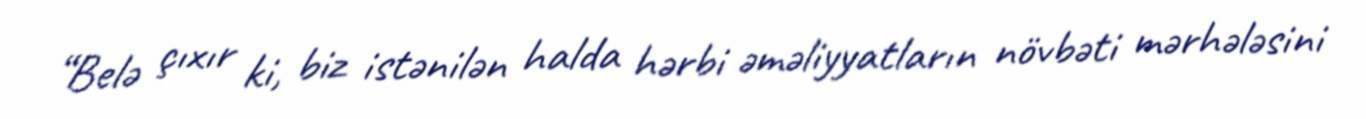
“Belə çıxır ki, biz istənilən halda hərbi əməliyyatların növbəti mərhələsini